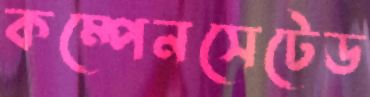
কম্পেনসেটেড